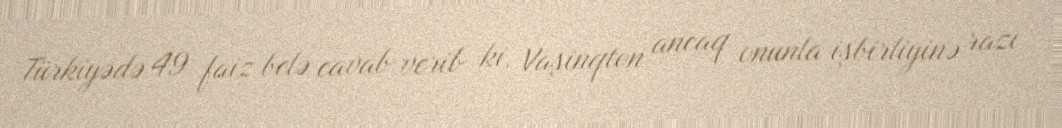
Türkiyədə 49 faiz belə cavab verib ki, Vaşinqton ancaq onunla işbirliyinə razı